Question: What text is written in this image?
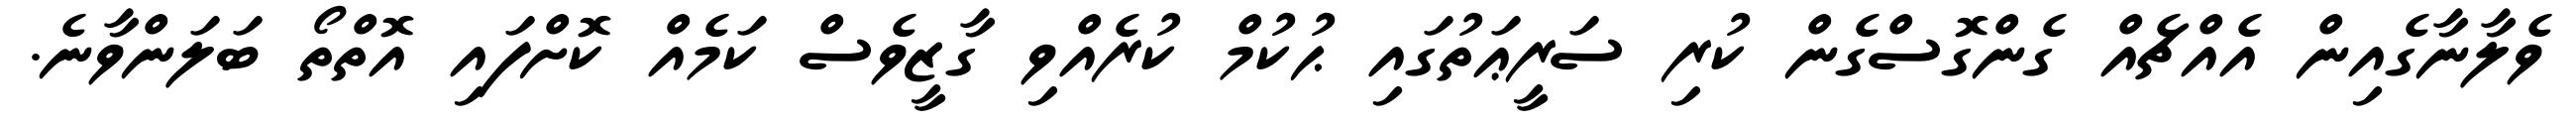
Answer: ވެލާނާގެއިން އެއްޗެއް ގެންގޮސްގެން ކުރި ސަރީޢަތުގައި ޙުކުމް ކުރެއްވި ގާޒީވެސް ކަމެއް ކޮށްފައި އޮތްތޯ ބަލަންވާނެ.